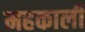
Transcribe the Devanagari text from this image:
महकाली